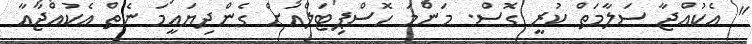
" އެކުއްޖާ ސަލާމަތް ކުރީ ގޮސް. މަންމަ ހޮސްޕިޓަލްއަށް ގެންދިޔައީމަ ނެތް އެކުއްޖާއާ